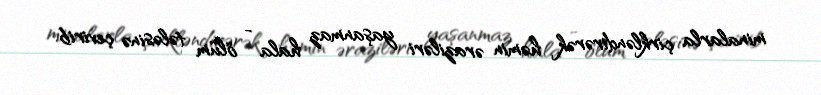
minalarla çirkləndirərək həmin əraziləri yaşanmaz hala - ölüm tələsinə çevirib.